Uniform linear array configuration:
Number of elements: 8
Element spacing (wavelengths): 1
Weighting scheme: uniform
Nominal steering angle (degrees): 30
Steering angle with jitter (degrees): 29.468
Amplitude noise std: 0.05
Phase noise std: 0.05

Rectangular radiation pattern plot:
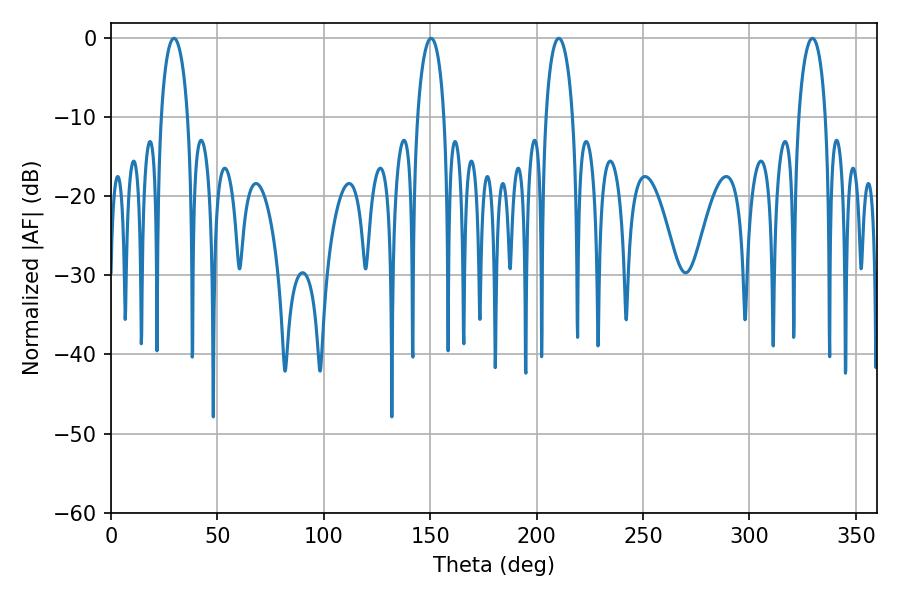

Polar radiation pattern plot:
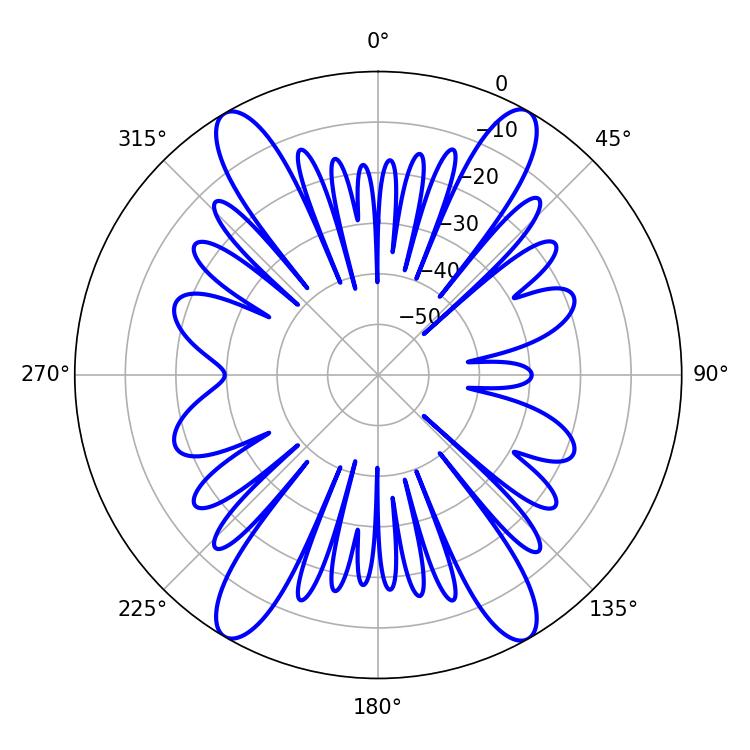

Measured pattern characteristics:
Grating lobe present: TRUE
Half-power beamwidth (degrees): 7.2
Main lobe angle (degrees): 210.42